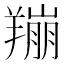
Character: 𫅛